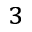
^ 3